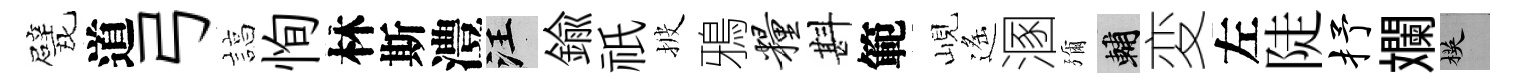
甓道弓諄恂林斯澧汪鍮祇披鴉粮斟範峴遙溷彌輔変左陡抒斕楧